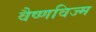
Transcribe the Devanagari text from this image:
वैष्णविज्म